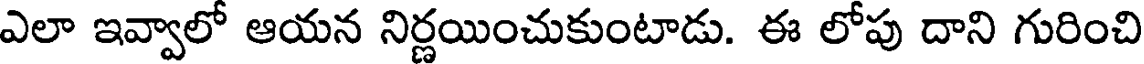
ఎలా ఇవ్వాలో ఆయన నిర్ణయించుకుంటాడు. ఈ లోపు దాని గురించి